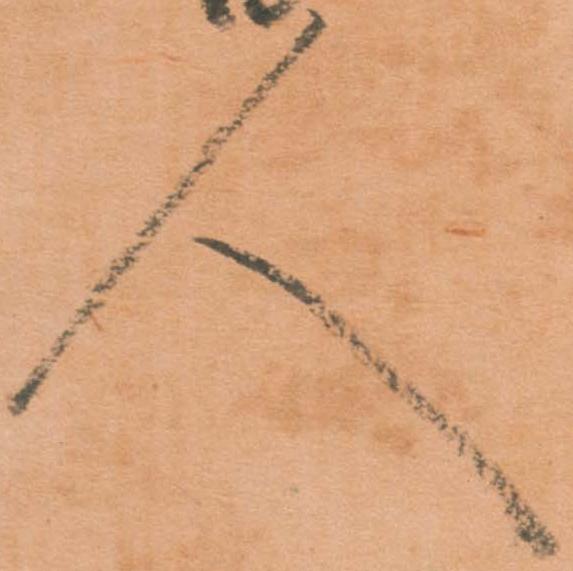
人